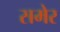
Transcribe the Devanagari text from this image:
समेर